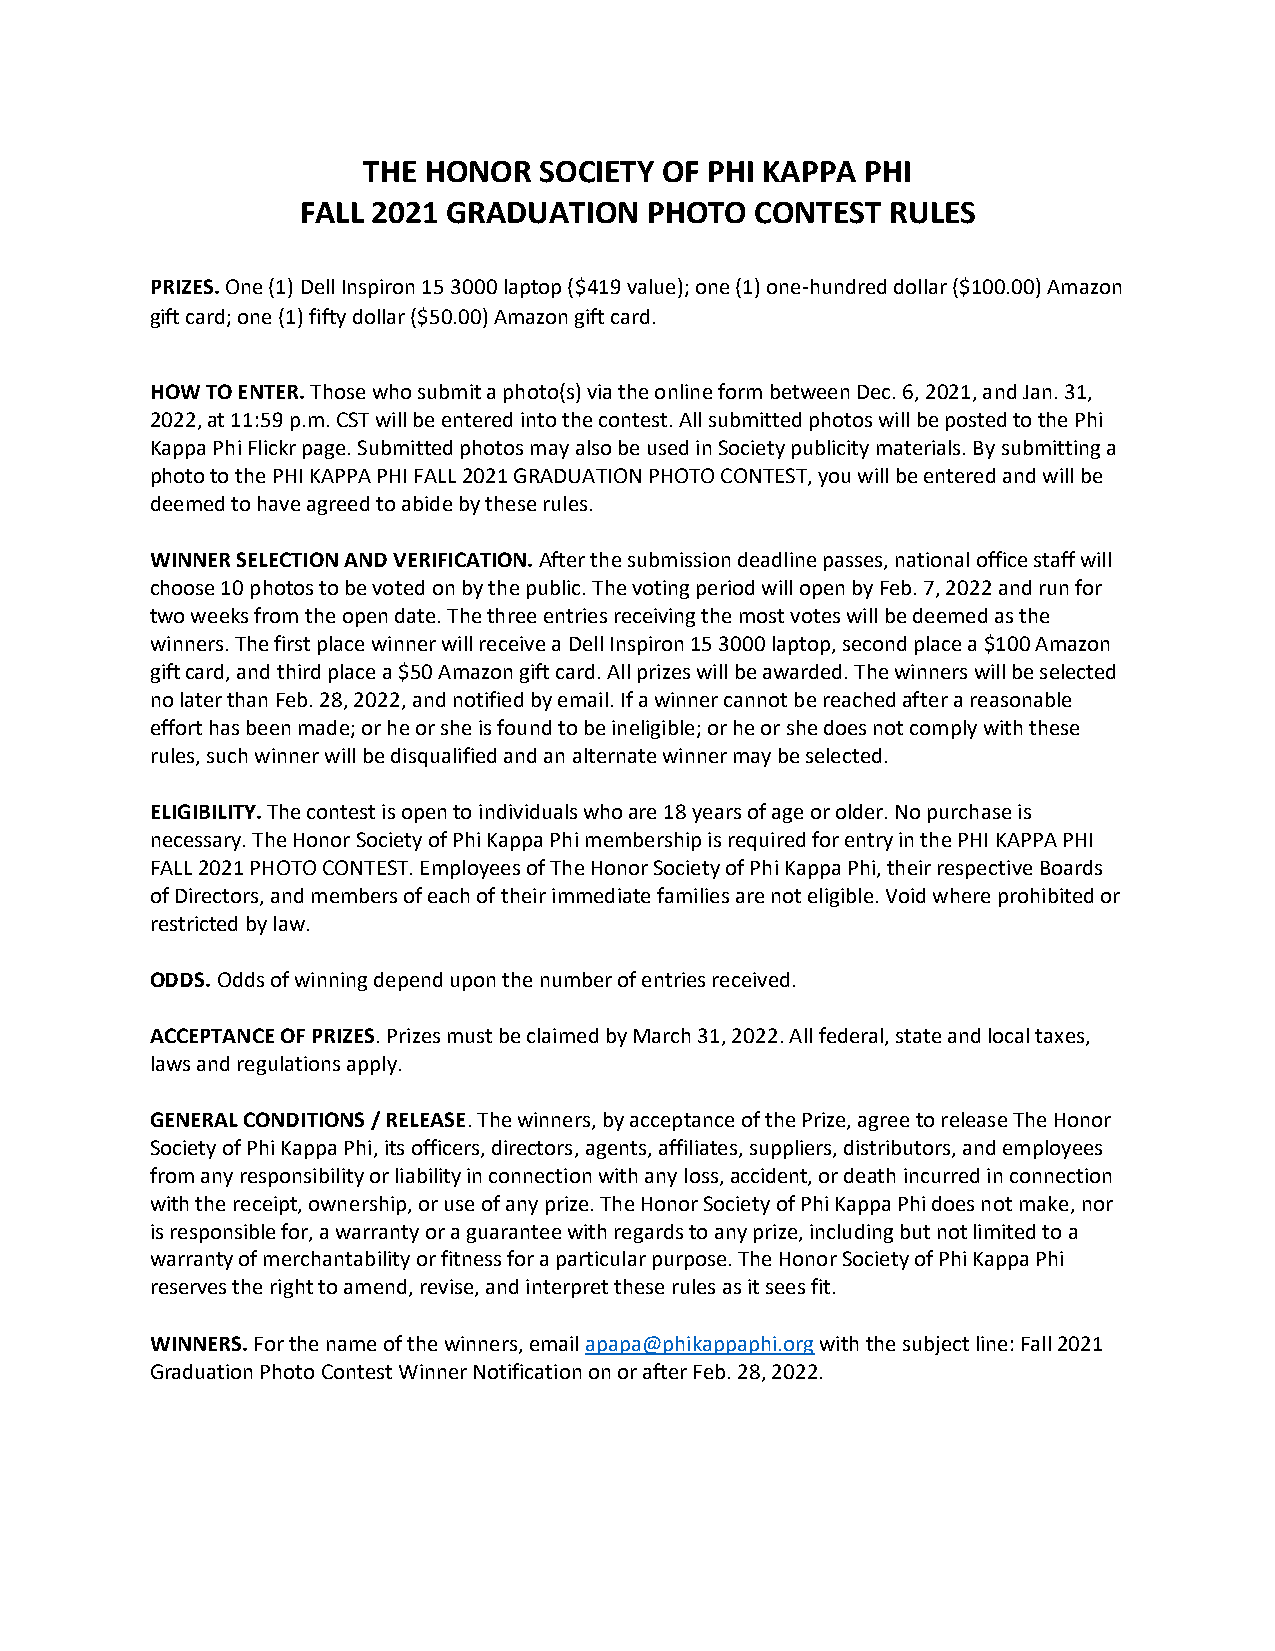
THE HONOR   SOCIETY OF PHI KAPPA PHI
 FALL 2021 GRADUATION   PHOTO  CONTEST  RULES
 PRIZES. One (1) Dell Inspiron 15 3000 laptop ($419 value); one (1) one-hundred dollar ($100.00) Amazon
 gift card; one (1) fifty dollar ($50.00) Amazon gift card.
 HOW TO ENTER. Those who submit a photo(s) via the online form between Dec. 6, 2021, and Jan. 31,
 2022, at 11:59 p.m. CST will be entered into the contest. All submitted photos will be posted to the Phi
 Kappa Phi Flickr page. Submitted photos may also be used in Society publicity materials. By submitting a
 photo to the PHI KAPPA PHI FALL 2021 GRADUATION PHOTO CONTEST, you will be entered and will be
 deemed to have agreed to abide by these rules.
 WINNER SELECTION AND VERIFICATION. After the submission deadline passes, national office staff will
 choose 10 photos to be voted on by the public. The voting period will open by Feb. 7, 2022 and run for
 two weeks from the open date. The three entries receiving the most votes will be deemed as the
 winners. The first place winner will receive a Dell Inspiron 15 3000 laptop, second place a $100 Amazon
 gift card, and third place a $50 Amazon gift card. All prizes will be awarded. The winners will be selected
 no later than Feb. 28, 2022, and notified by email. If a winner cannot be reached after a reasonable
 effort has been made; or he or she is found to be ineligible; or he or she does not comply with these
 rules, such winner will be disqualified and an alternate winner may be selected.
 ELIGIBILITY. The contest is open to individuals who are 18 years of age or older. No purchase is
 necessary. The Honor Society of Phi Kappa Phi membership is required for entry in the PHI KAPPA PHI
 FALL 2021 PHOTO CONTEST. Employees of The Honor Society of Phi Kappa Phi, their respective Boards
 of Directors, and members of each of their immediate families are not eligible. Void where prohibited or
 restricted by law.
 ODDS. Odds of winning depend upon the number of entries received.
 ACCEPTANCE OF PRIZES. Prizes must be claimed by March 31, 2022. All federal, state and local taxes,
 laws and regulations apply.
 GENERAL CONDITIONS / RELEASE. The winners, by acceptance of the Prize, agree to release The Honor
 Society of Phi Kappa Phi, its officers, directors, agents, affiliates, suppliers, distributors, and employees
 from any responsibility or liability in connection with any loss, accident, or death incurred in connection
 with the receipt, ownership, or use of any prize. The Honor Society of Phi Kappa Phi does not make, nor
 is responsible for, a warranty or a guarantee with regards to any prize, including but not limited to a
 warranty of merchantability or fitness for a particular purpose. The Honor Society of Phi Kappa Phi
 reserves the right to amend, revise, and interpret these rules as it sees fit.
 WINNERS. For the name of the winners, email apapa@phikappaphi.org with the subject line: Fall 2021
 Graduation Photo Contest Winner Notification on or after Feb. 28, 2022.